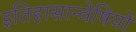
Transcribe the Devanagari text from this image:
इतिहासान्वेषियों